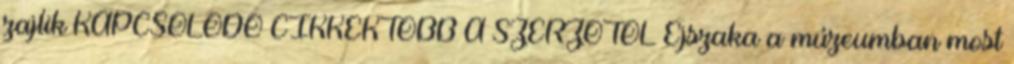
zajlik KAPCSOLÓDÓ CIKKEKTÖBB A SZERZŐTŐL Éjszaka a múzeumban most